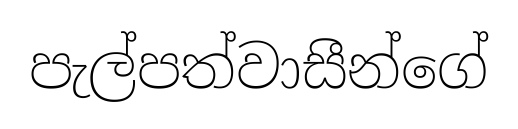
පැල්පත්වාසීන්ගේ